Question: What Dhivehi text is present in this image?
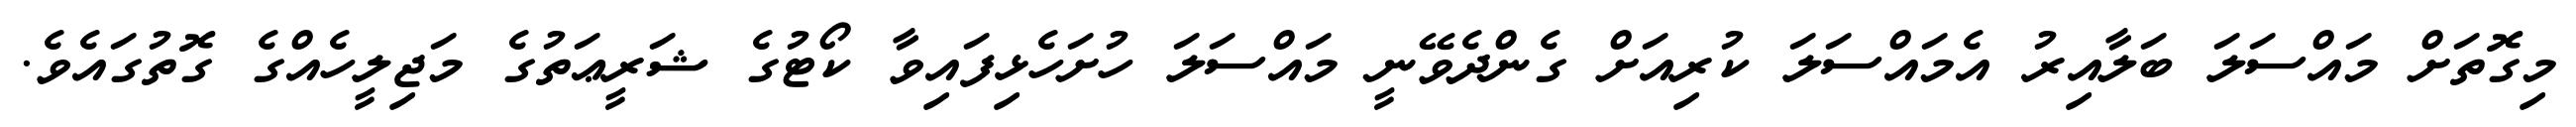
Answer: މިގޮތަށް މައްސަލަ ބަލާއިރު އެމައްސަލަ ކުރިއަށް ގެންދެވޭނީ މައްސަލަ ހުށަހެޅިފައިވާ ކޯޓުގެ ޝަރީޢަތުގެ މަޖިލީހެއްގެ ގޮތުގައެވެ.